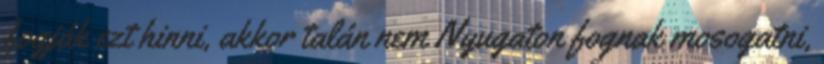
fogják ezt hinni, akkor talán nem Nyugaton fognak mosogatni,